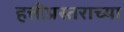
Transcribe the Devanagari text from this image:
हत्तीप्रस्तराच्या